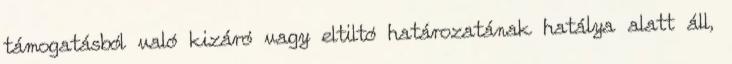
támogatásból való kizáró vagy eltiltó határozatának hatálya alatt áll,